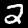
Digit: 2